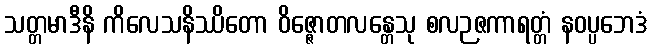
သတ္တမာဒီနိ ကိလေသနိဿိတော ဝိဇ္ဇောတလန္တေသု စလဉဇကာရတ္တံ နဝပ္ပဘေဒံ